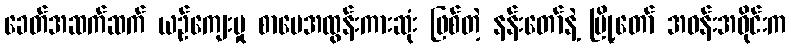
ခေတ်အဆက်ဆက် ယဉ်ကျေးမှု စာပေအထွန်းကားဆုံး ဖြစ်တဲ့ နန်းတော်နဲ့ မြို့တော် အဝန်းအဝိုင်းက